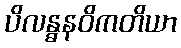
ပိလန္ဓနဝိကတိယာ